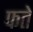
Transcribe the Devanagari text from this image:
फते